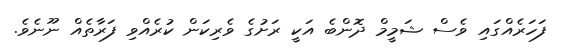
ފަހަރެއްގައި ވެސް ޝަމީމް ދޮންބެ އަކީ ރަށުގެ ވެރިކަން ކުރެއްވި ފަރާތެއް ނޫނެވެ.